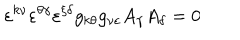
\varepsilon ^ { k \nu } \varepsilon ^ { \theta \gamma } \varepsilon ^ { \xi \delta } g _ { k \theta } g _ { \nu \varepsilon } A _ { \gamma } A _ { \delta } = 0